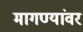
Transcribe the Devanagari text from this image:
मागण्यांवर